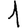
Digit: 1